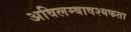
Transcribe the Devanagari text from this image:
अविलम्बावश्यकता